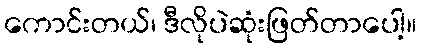
ကောင်းတယ်၊ ဒီလိုပဲဆုံးဖြတ်တာပေါ့။